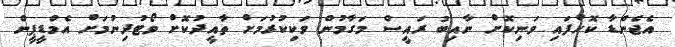
އެޖެންޑާ ކޮށްފައި ވަނިކޮށް ނާއިބު ރައީސް މަގާމުން ވަކިކުރުމަށް ތާއީދުކޮށް ވޯޓުދިނުމަށް އެމްޑީޕީން